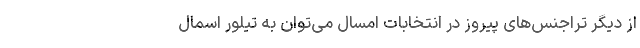
از دیگر تراجنس‌های پیروز در انتخابات امسال می‌توان به تیلور اسمال